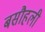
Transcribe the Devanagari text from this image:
बसौहली